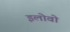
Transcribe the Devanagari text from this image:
इलोवो